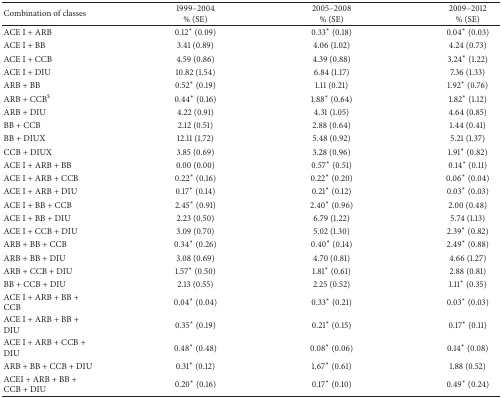
<table><thead><tr><td><b>Combination of classes</b></td><td><b>1999–2004% (SE)</b></td><td><b>2005–2008% (SE)</b></td><td><b>2009–2012% (SE)</b></td></tr></thead><tbody><tr><td>ACE I + ARB</td><td>0.12<sup>∗</sup> (0.09)</td><td>0.33<sup>∗</sup> (0.18)</td><td>0.04<sup>∗</sup> (0.03)</td></tr><tr><td>ACE I + BB</td><td>3.41 (0.89)</td><td>4.06 (1.02)</td><td>4.24 (0.73)</td></tr><tr><td>ACE I + CCB</td><td>4.59 (0.86)</td><td>4.39 (0.88)</td><td>3.24<sup>∗</sup> (1.22)</td></tr><tr><td>ACE I + DIU</td><td>10.82 (1.54)</td><td>6.84 (1.17)</td><td>7.36 (1.33)</td></tr><tr><td>ARB + BB</td><td>0.52<sup>∗</sup> (0.19)</td><td>1.11 (0.21)</td><td>1.92<sup>∗</sup> (0.76)</td></tr><tr><td>ARB + CCB<sup>$</sup></td><td>0.44<sup>∗</sup> (0.16)</td><td>1.88<sup>∗</sup> (0.64)</td><td>1.82<sup>∗</sup> (1.12)</td></tr><tr><td>ARB + DIU</td><td>4.22 (0.91)</td><td>4.31 (1.05)</td><td>4.64 (0.85)</td></tr><tr><td>BB + CCB</td><td>2.12 (0.51)</td><td>2.88 (0.64)</td><td>1.44 (0.41)</td></tr><tr><td>BB + DIUX</td><td>12.11 (1.72)</td><td>5.48 (0.92)</td><td>5.21 (1.37)</td></tr><tr><td>CCB + DIUX</td><td>3.85 (0.69)</td><td>3.28 (0.96)</td><td>1.91<sup>∗</sup> (0.82)</td></tr><tr><td>ACE I + ARB + BB</td><td>0.00 (0.00)</td><td>0.57<sup>∗</sup> (0.51)</td><td>0.14<sup>∗</sup> (0.11)</td></tr><tr><td>ACE I + ARB + CCB</td><td>0.22<sup>∗</sup> (0.16)</td><td>0.22<sup>∗</sup> (0.20)</td><td>0.06<sup>∗</sup> (0.04)</td></tr><tr><td>ACE I + ARB + DIU</td><td>0.17<sup>∗</sup> (0.14)</td><td>0.21<sup>∗</sup> (0.12)</td><td>0.03<sup>∗</sup> (0.03)</td></tr><tr><td>ACE I + BB + CCB</td><td>2.45<sup>∗</sup> (0.91)</td><td>2.40<sup>∗</sup> (0.96)</td><td>2.00 (0.48)</td></tr><tr><td>ACE I + BB + DIU</td><td>2.23 (0.50)</td><td>6.79 (1.22)</td><td>5.74 (1.13)</td></tr><tr><td>ACE I + CCB + DIU</td><td>3.09 (0.70)</td><td>5.02 (1.30)</td><td>2.39<sup>∗</sup> (0.82)</td></tr><tr><td>ARB + BB + CCB</td><td>0.34<sup>∗</sup> (0.26)</td><td>0.40<sup>∗</sup> (0.14)</td><td>2.49<sup>∗</sup> (0.88)</td></tr><tr><td>ARB + BB + DIU</td><td>3.08 (0.69)</td><td>4.70 (0.81)</td><td>4.66 (1.27)</td></tr><tr><td>ARB + CCB + DIU</td><td>1.57<sup>∗</sup> (0.50)</td><td>1.81<sup>∗</sup> (0.61)</td><td>2.88 (0.81)</td></tr><tr><td>BB + CCB + DIU</td><td>2.13 (0.55)</td><td>2.25 (0.52)</td><td>1.11<sup>∗</sup> (0.35)</td></tr><tr><td>ACE I + ARB + BB + CCB</td><td>0.04<sup>∗</sup> (0.04)</td><td>0.33<sup>∗</sup> (0.21)</td><td>0.03<sup>∗</sup> (0.03)</td></tr><tr><td>ACE I + ARB + BB + DIU</td><td>0.35<sup>∗</sup> (0.19)</td><td>0.21<sup>∗</sup> (0.15)</td><td>0.17<sup>∗</sup> (0.11)</td></tr><tr><td>ACE I + ARB + CCB + DIU</td><td>0.48<sup>∗</sup> (0.48)</td><td>0.08<sup>∗</sup> (0.06)</td><td>0.14<sup>∗</sup> (0.08)</td></tr><tr><td>ARB + BB + CCB + DIU</td><td>0.31<sup>∗</sup> (0.12)</td><td>1.67<sup>∗</sup> (0.61)</td><td>1.88 (0.52)</td></tr><tr><td>ACEI + ARB + BB + CCB + DIU</td><td>0.20<sup>∗</sup> (0.16)</td><td>0.17<sup>∗</sup> (0.10)</td><td>0.49<sup>∗</sup> (0.24)</td></tr></tbody></table>